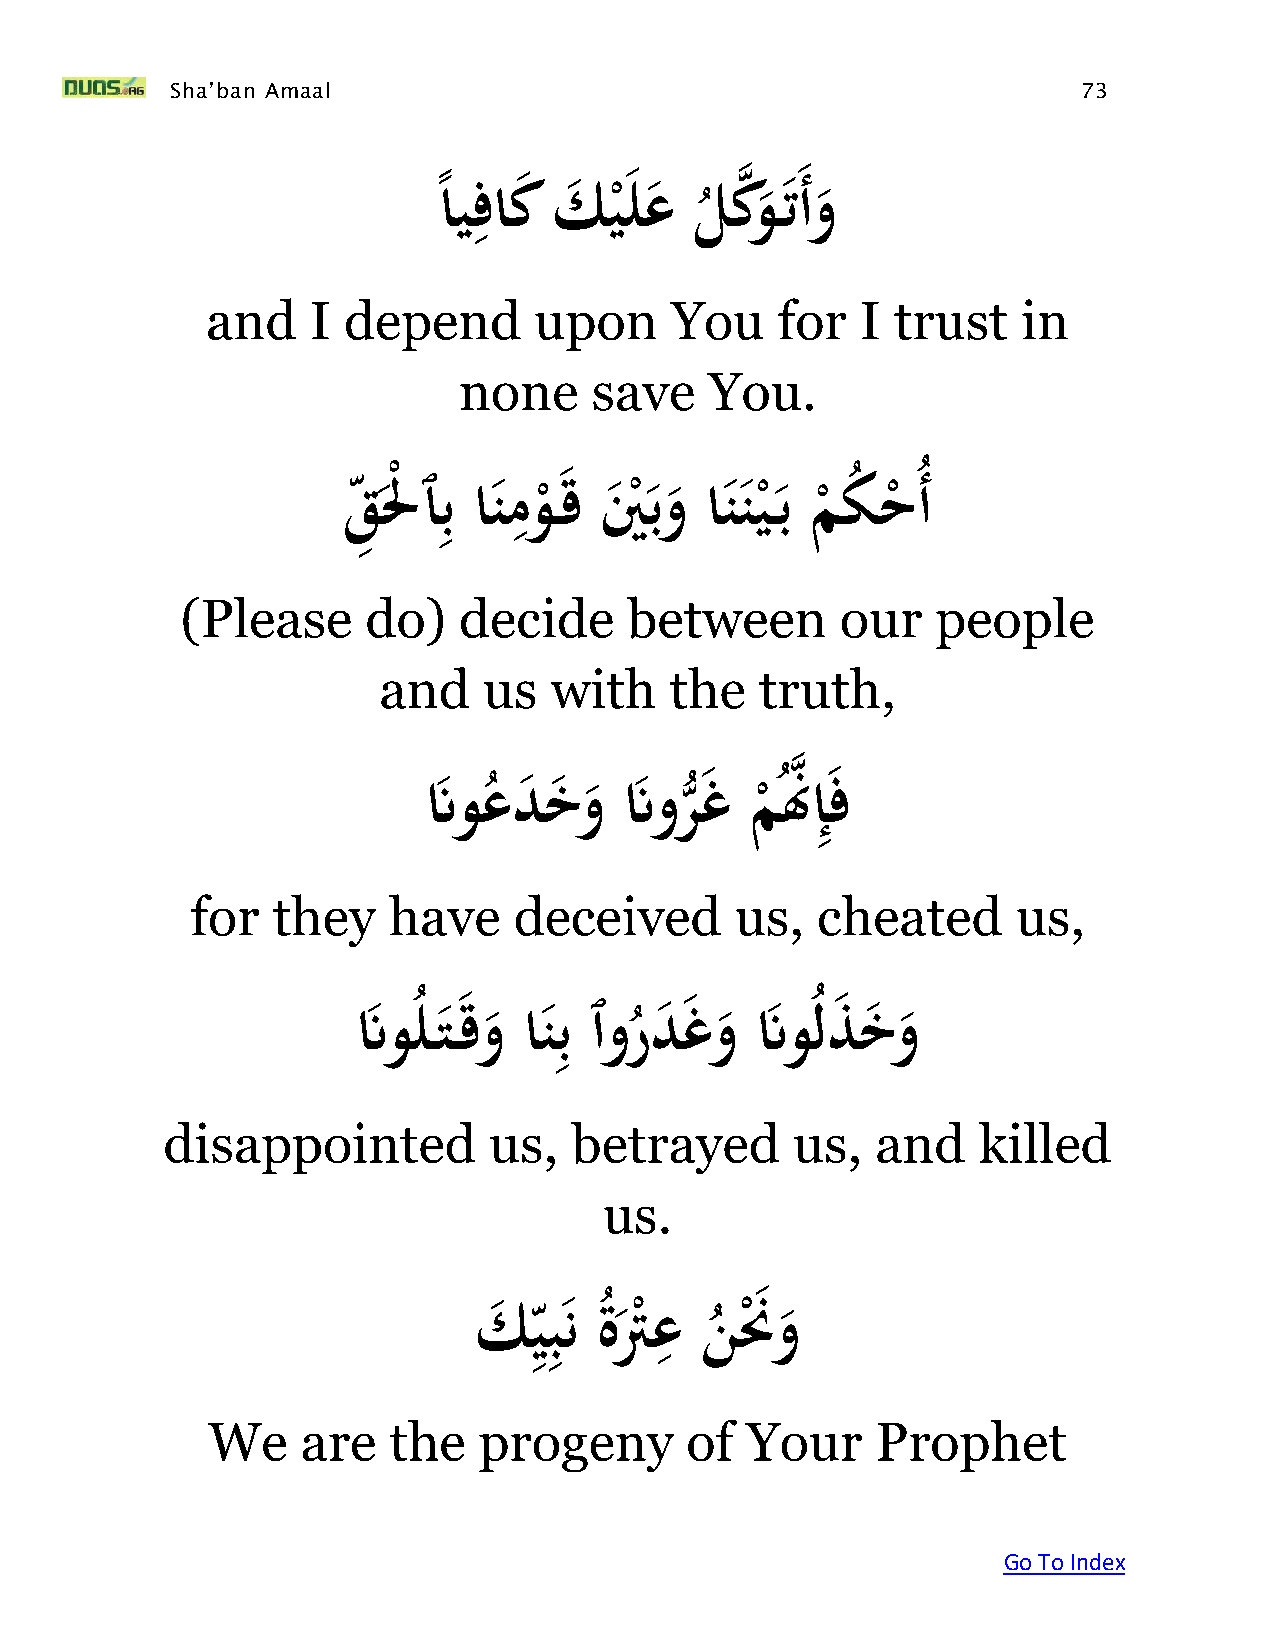
Sha’ban Amaal                                                73
 ِ
 ه
 ًاَيفاك َك ي
 ْ
 لع  َل
 ُ
 كو  ت َأوَ
 and    I depend      upon     You    for   I trust    in
 none     save    You.
 ِ
 ِ
 قَِ لْْ ٱبَانمو قَينبوَانني بَمكُ  حَُأ
 ْ      ْ       ْ   ْ    ْ
 (Please     do)   decide      between       our   people
 and    us  with    the   truth,
 ه ِ
 َنَ و ُعد خ وَنَ ور
 ُّ
 غَم  ُنَّإ ف
 ْ
 for  they    have    deceived       us,  cheated      us,
 ِ
 َنَوُل ت قوَانبَٱورد غوَنَوُلذ   خو
 ُ
 disappointed         us,   betrayed      us,   and    killed
 us.
 ِ
 ِِ
 كَ  يبنَةتَّعَننَ   و
 ُ  ْ
 ُ
 ْ
 We    are   the   progeny      of  Your     Prophet
 Go To Index